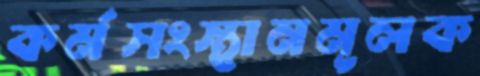
কর্মসংস্থানমূলক